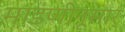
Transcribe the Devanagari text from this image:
मांडणीनूसार्